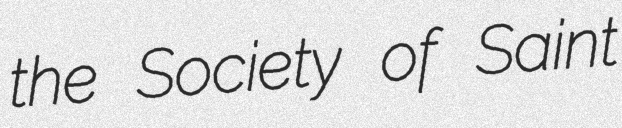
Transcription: the Society of Saint